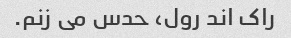
راک اند رول، حدس می زنم.